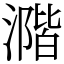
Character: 𣾂